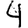
Digit: 4